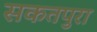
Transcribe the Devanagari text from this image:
सकतपुरा